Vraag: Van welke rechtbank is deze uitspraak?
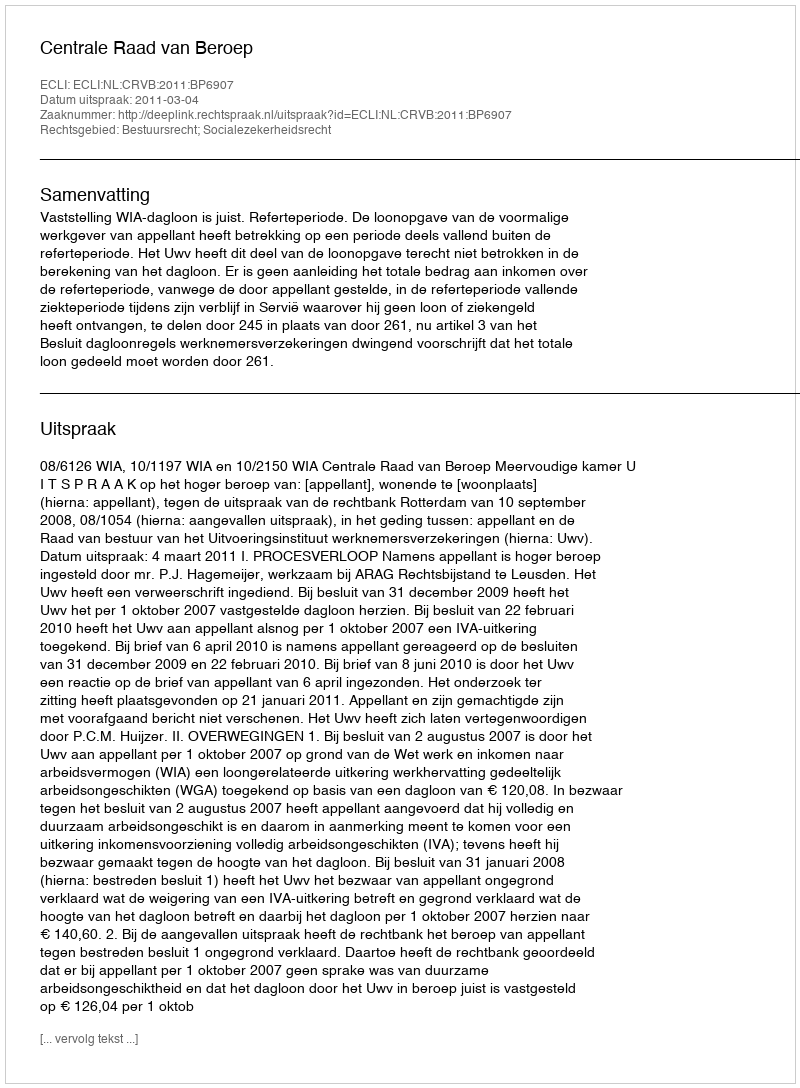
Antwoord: Centrale Raad van Beroep